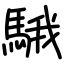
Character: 騀